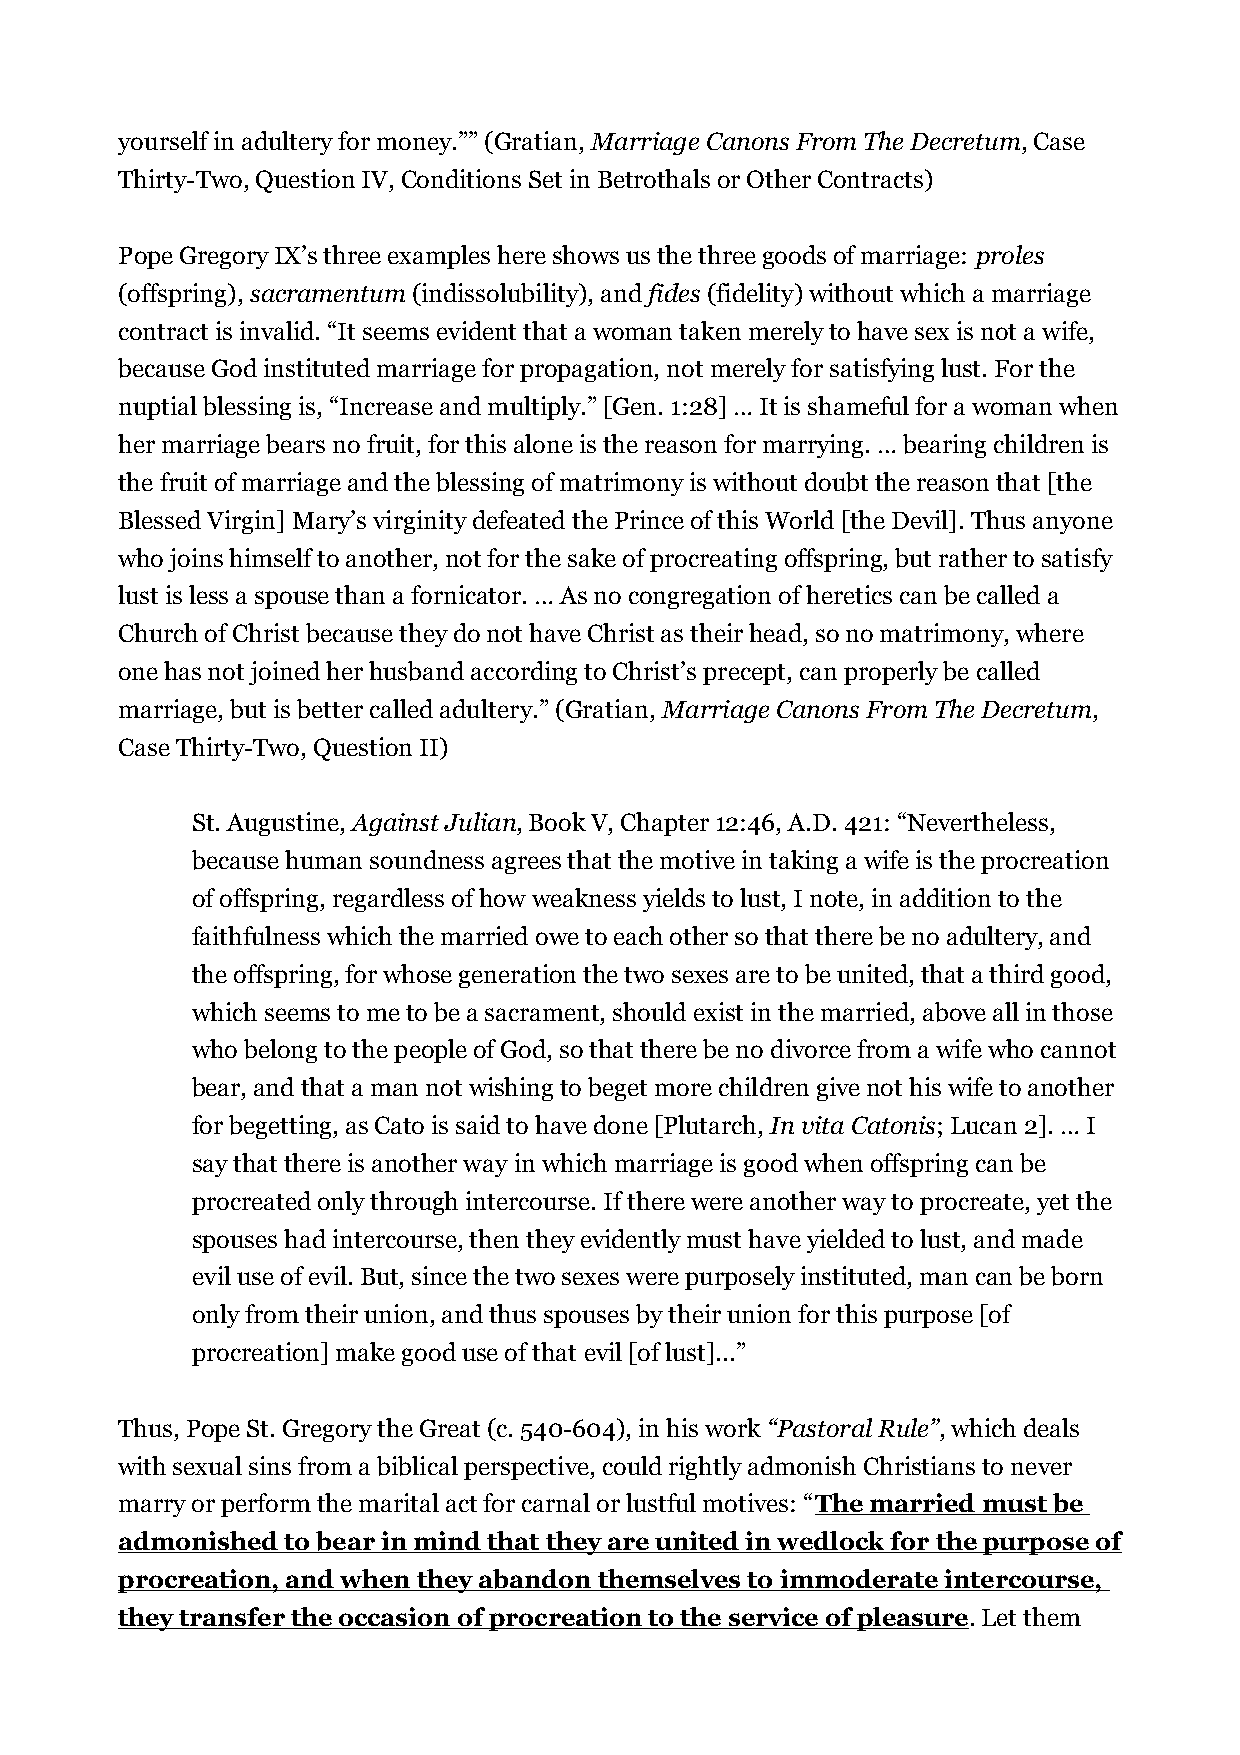
yourself in adultery for money.”” (Gratian, Marriage Canons From The Decretum, Case
 Thirty-Two, Question IV, Conditions Set in Betrothals or Other Contracts)
 Pope Gregory IX’s three examples here shows us the three goods of marriage: proles
 (offspring), sacramentum (indissolubility), and fides (fidelity) without which a marriage
 contract is invalid. “It seems evident that a woman taken merely to have sex is not a wife,
 because God instituted marriage for propagation, not merely for satisfying lust. For the
 nuptial blessing is, “Increase and multiply.” [Gen. 1:28] … It is shameful for a woman when
 her marriage bears no fruit, for this alone is the reason for marrying. … bearing children is
 the fruit of marriage and the blessing of matrimony is without doubt the reason that [the
 Blessed Virgin] Mary’s virginity defeated the Prince of this World [the Devil]. Thus anyone
 who joins himself to another, not for the sake of procreating offspring, but rather to satisfy
 lust is less a spouse than a fornicator. … As no congregation of heretics can be called a
 Church of Christ because they do not have Christ as their head, so no matrimony, where
 one has not joined her husband according to Christ’s precept, can properly be called
 marriage, but is better called adultery.” (Gratian, Marriage Canons From The Decretum,
 Case Thirty-Two, Question II)
 St. Augustine, Against Julian, Book V, Chapter 12:46, A.D. 421: “Nevertheless,
 because human soundness agrees that the motive in taking a wife is the procreation
 of offspring, regardless of how weakness yields to lust, I note, in addition to the
 faithfulness which the married owe to each other so that there be no adultery, and
 the offspring, for whose generation the two sexes are to be united, that a third good,
 which seems to me to be a sacrament, should exist in the married, above all in those
 who belong to the people of God, so that there be no divorce from a wife who cannot
 bear, and that a man not wishing to beget more children give not his wife to another
 for begetting, as Cato is said to have done [Plutarch, In vita Catonis; Lucan 2]. … I
 say that there is another way in which marriage is good when offspring can be
 procreated only through intercourse. If there were another way to procreate, yet the
 spouses had intercourse, then they evidently must have yielded to lust, and made
 evil use of evil. But, since the two sexes were purposely instituted, man can be born
 only from their union, and thus spouses by their union for this purpose [of
 procreation] make good use of that evil [of lust]...”
 Thus, Pope St. Gregory the Great (c. 540-604), in his work “Pastoral Rule”, which deals
 with sexual sins from a biblical perspective, could rightly admonish Christians to never
 marry or perform the marital act for carnal or lustful motives: “The married must be
 admonished to bear in mind that they are united in wedlock for the purpose of
 procreation, and when they abandon themselves to immoderate intercourse,
 they transfer the occasion of procreation to the service of pleasure. Let them